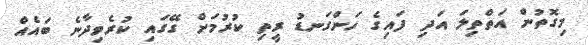
މިގޮތުން އަތްތިލަ އަދި ފައިގެ ހަންގަނޑު ރީތި ކުރުމަށް ގޭގައި ކުރެވިދާނެ ބައެއް